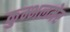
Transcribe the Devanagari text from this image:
कुम्भलमेर